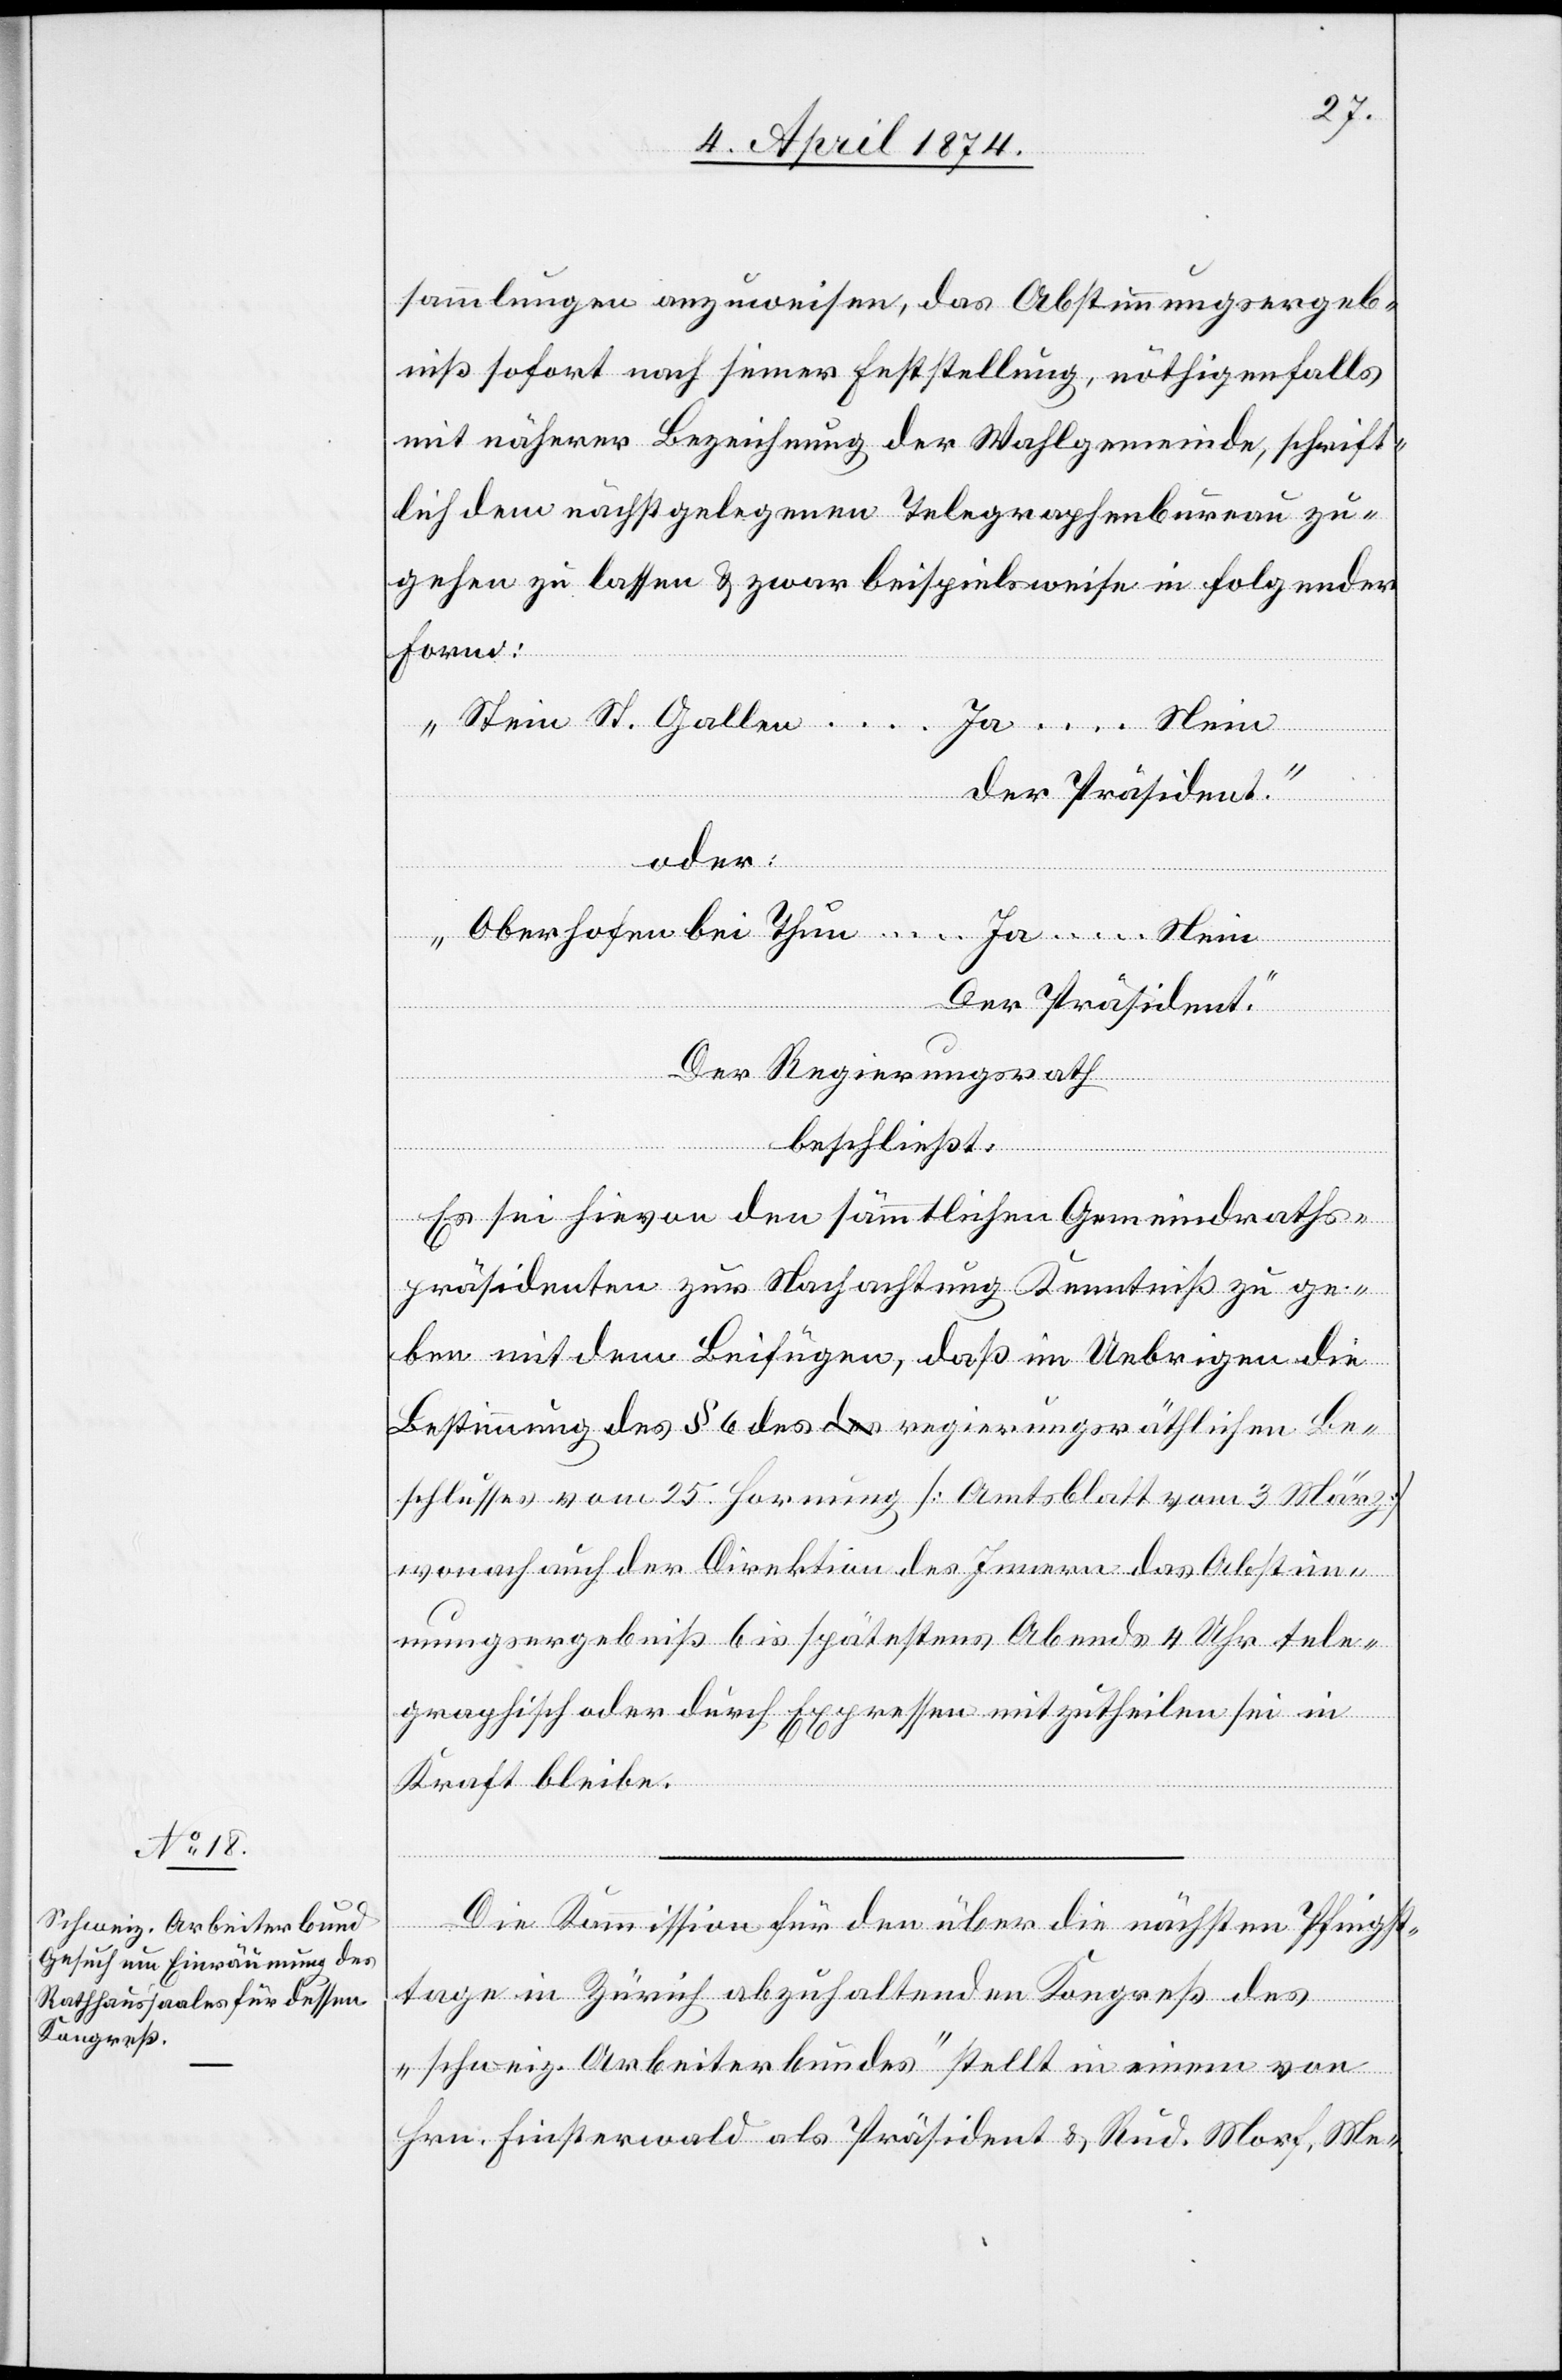
sammlungen anzuweisen, das Abstimmungsergeb¬
niß sofort nach seiner Feststellung, nöthigenfalls
mit näherer Bezeichnung der Wahlgemeinde, schrift¬
lich dem nächstgelegenen Telegraphenbureau zu¬
gehen zu lassen u. zwar beispielsweise in folgender
Form:
„Stein St. Gallen … Ja …Nein
der Präsident.“
oder :
„Oberhofen bei Thun … Ja … Nein
Der Regierungsrath
beschließt:
Es sei hievon den sämmtlichen Gemeindraths¬
präsidenten zur Nachachtung Kenntniß zu ge¬
ben mit dem Beifügen, daß im Uebrigen die
Bestimmung des § 6 des regierungsräthlichen Be¬
schlusses vom 25. Hornung [Amtsblatt vom 3. März]
wonach auch der Direktion des Innern das Abstim¬
mungsergebniß bis spätestens Abends 4 Uhr tele¬
graphisch oder durch Expressen mitzutheilen sei in
Kraft bleibe.
Die Kommission für den über die nächsten Pfingst¬
tage in Zürich abzuhaltenden Kongreß des
„schweiz. Arbeiterbundes“ stellt in einem von
Hrn. Finsterwald als Präsident u. Rud. Morf, Me-